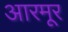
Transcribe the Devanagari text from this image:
आरमूर